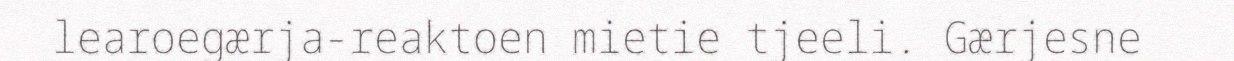
learoegærja-reaktoen mietie tjeeli. Gærjesne